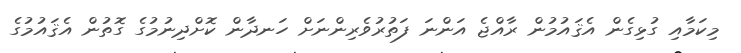
މިކަމާއި ގުޅިގެން އެޤައުމުން ރާއްޖެ އަންނަ ފަތުރުވެރިންނަށް ހަނދާން ކޮށްދިނުމުގެ ގޮތުން އެޤައުމުގެ